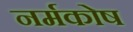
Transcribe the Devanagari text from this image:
नर्मकोष